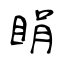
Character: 睊